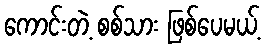
ကောင်းတဲ့ စစ်သား ဖြစ်ပေမယ့်